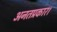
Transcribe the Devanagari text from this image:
अनतप्रकार।